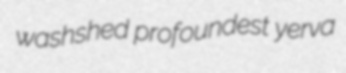
washshed profoundest yerva